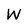
Character: W